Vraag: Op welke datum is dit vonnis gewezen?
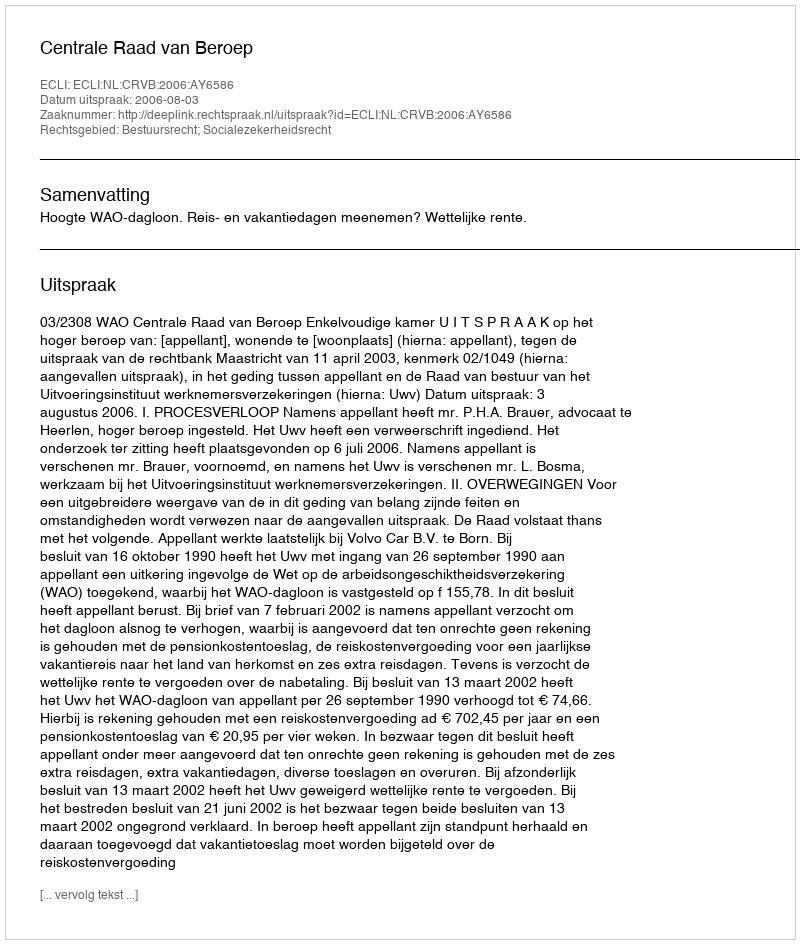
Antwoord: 2006-08-03